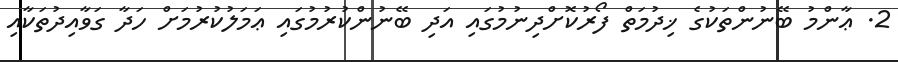
2. ޢާންމު ބޭނުންތަކުގެ ޚިދުމަތް ފޯރުކޮށްދިނުމުގައި އަދި ބޭނުންކުރުމުގައި ޢަމަލުކުރުމަށް ހަދާ ގަވާއިދުތަކާއި